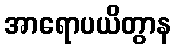
အာရောပယိတွာန